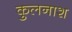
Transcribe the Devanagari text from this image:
कुलनाश